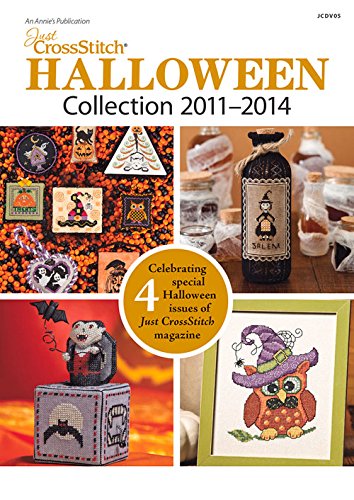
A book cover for Just CrossStitch Halloween Collection 2011-2014 CD; Annie's; Crafts, Hobbies & Home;